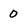
Character: 0